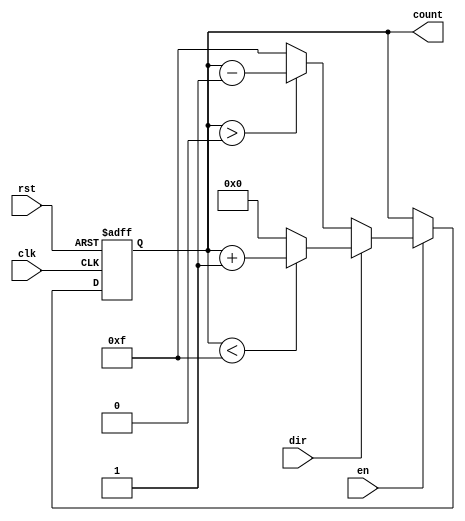
module multi_bit_counter #(
    parameter WIDTH = 4,               // Number of bits in the counter
    parameter MIN_VALUE = 0,           // Minimum count value
    parameter MAX_VALUE = (1 << WIDTH) - 1 // Maximum count value (2^WIDTH - 1)
)(
    input wire clk,                    // Clock signal
    input wire rst,                    // Reset signal (active high)
    input wire en,                     // Enable signal
    input wire dir,                    // Direction signal (1 for up, 0 for down)
    output reg [WIDTH-1:0] count       // Counter output
);

    // Asynchronous reset
    always @(posedge clk or posedge rst) begin
        if (rst) begin
            count <= MIN_VALUE;         // Reset the counter to MIN_VALUE
        end else if (en) begin
            // Counting operation
            if (dir) begin
                // Count up
                if (count < MAX_VALUE) begin
                    count <= count + 1;
                end else begin
                    count <= MIN_VALUE; // Wrap around
                end
            end else begin
                // Count down
                if (count > MIN_VALUE) begin
                    count <= count - 1;
                end else begin
                    count <= MAX_VALUE; // Wrap around
                end
            end
        end
    end

endmodule